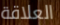
العلاقة